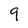
Character: 9